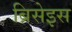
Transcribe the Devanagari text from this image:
ब्रिसेइस